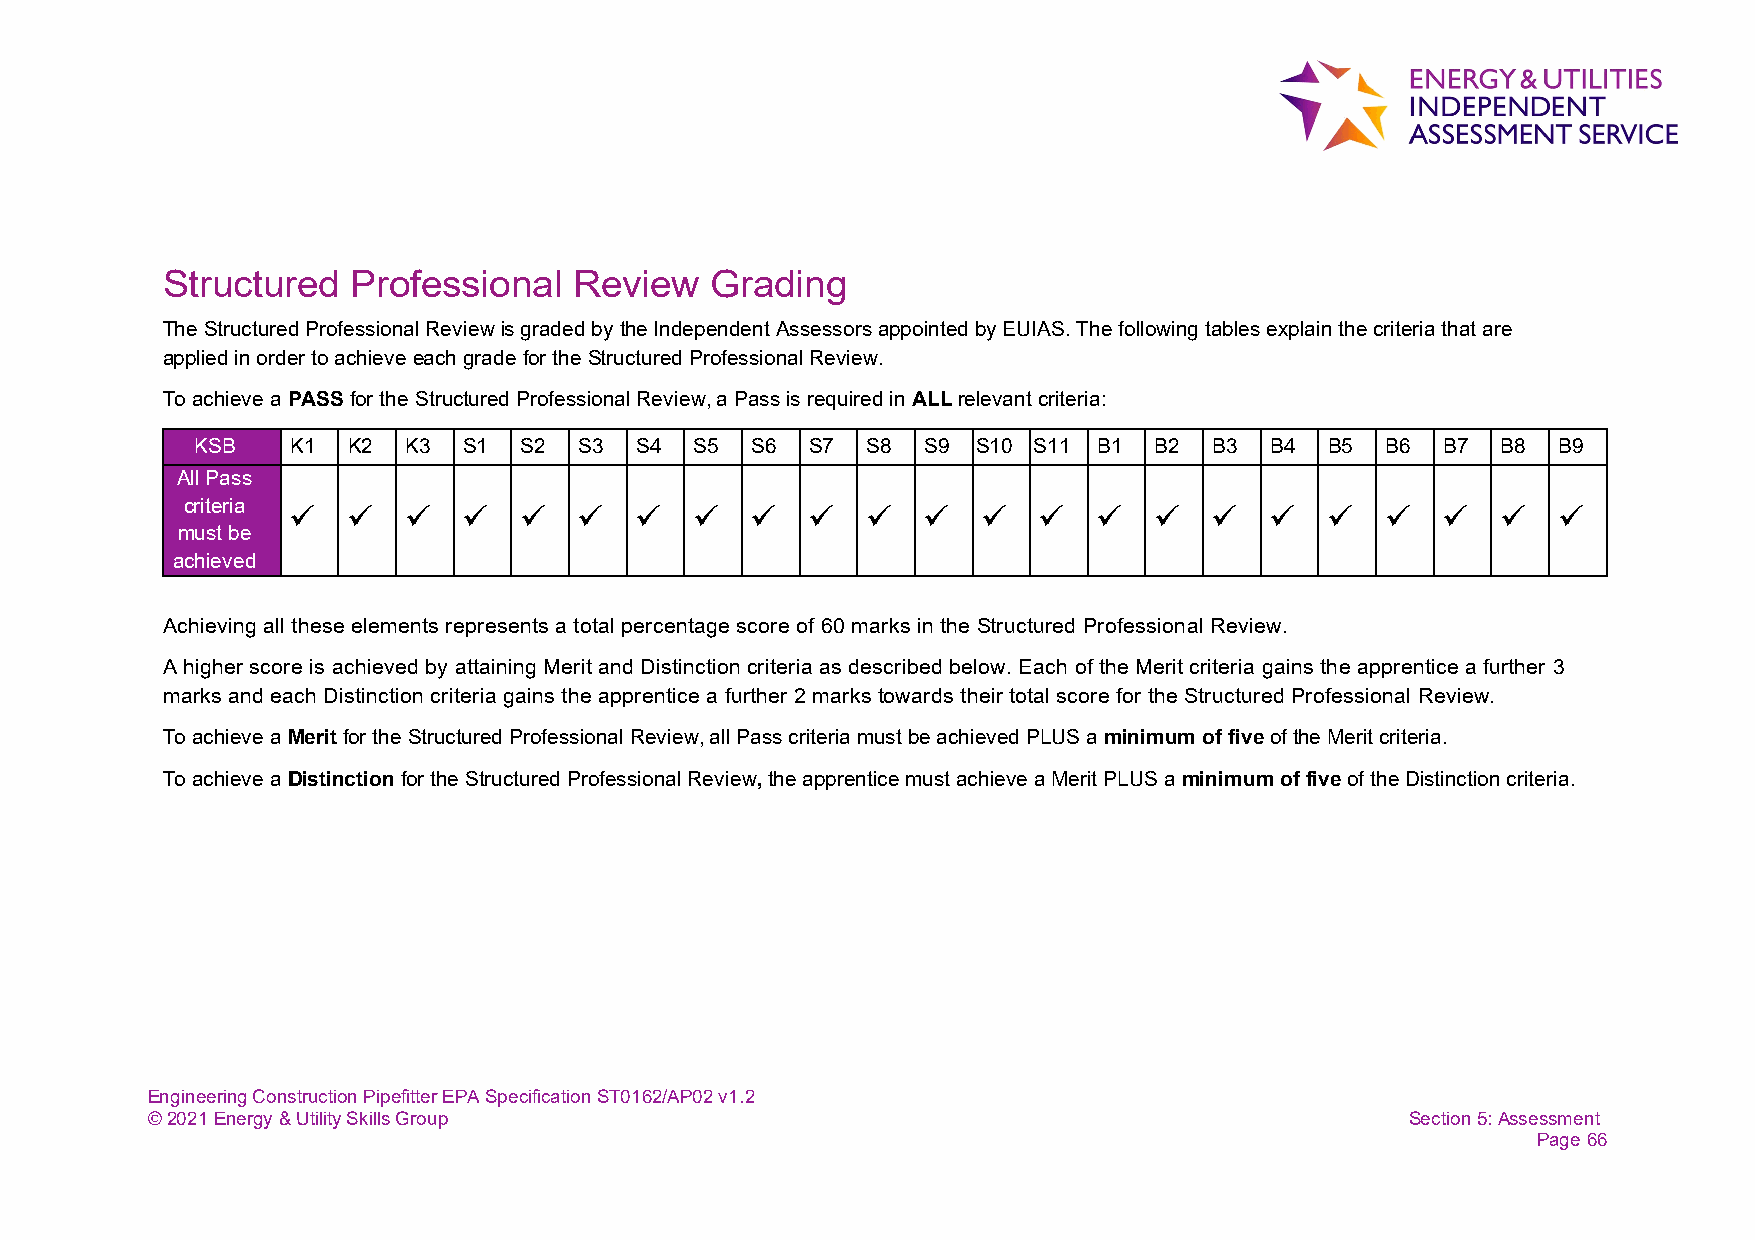
Structured  Professional   Review   Grading
 The Structured Professional Review is graded by the Independent Assessors appointed by EUIAS. The following tables explain the criteria that are
 applied in order to achieve each grade for the Structured Professional Review.
 To achieve a PASS for the Structured Professional Review, a Pass is required in ALL relevant criteria:
 KSB   K1  K2  K3  S1 S2  S3  S4  S5  S6  S7 S8  S9  S10 S11 B1 B2  B3  B4  B5  B6 B7  B8  B9
 All Pass
 criteria                                                             
 must be
 achieved
 Achieving all these elements represents a total percentage score of 60 marks in the Structured Professional Review.
 A higher score is achieved by attaining Merit and Distinction criteria as described below. Each of the Merit criteria gains the apprentice a further 3
 marks and each Distinction criteria gains the apprentice a further 2 marks towards their total score for the Structured Professional Review.
 To achieve a Merit for the Structured Professional Review, all Pass criteria must be achieved PLUS a minimum of five of the Merit criteria.
 To achieve a Distinction for the Structured Professional Review, the apprentice must achieve a Merit PLUS a minimum of five of the Distinction criteria.
 Engineering Construction Pipefitter EPA Specification ST0162/AP02 v1.2
 © 2021 Energy & Utility Skills Group                                               Section 5: Assessment
 Page 66